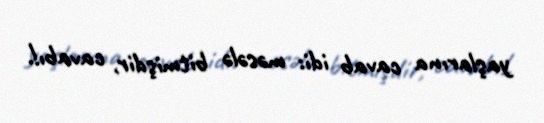
yaşlarına cavab idi: məsələ bitmişdir, cavabı!.